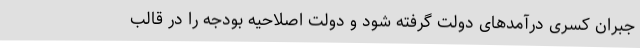
جبران کسری درآمدهای دولت گرفته شود و دولت اصلاحیه بودجه را در قالب